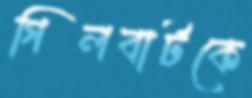
গিলবার্টকে